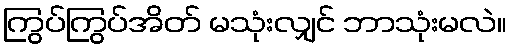
ကြွပ်ကြွပ်အိတ် မသုံးလျှင် ဘာသုံးမလဲ။